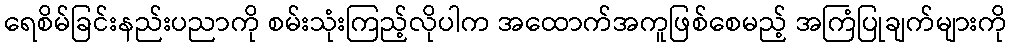
ရေစိမ်ခြင်းနည်းပညာကို စမ်းသုံးကြည့်လိုပါက အထောက်အကူဖြစ်စေမည့် အကြံပြုချက်များကို